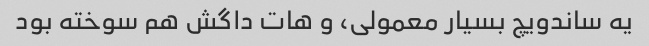
یه ساندویچ بسیار معمولی، و هات داگش هم سوخته بود